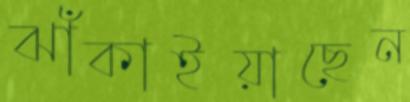
ঝাঁকাইয়াছেন